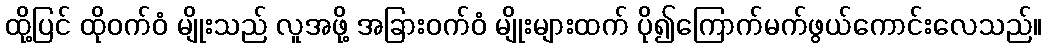
ထို့ပြင် ထိုဝက်ဝံ မျိုးသည် လူအဖို့ အခြားဝက်ဝံ မျိုးများထက် ပို၍ကြောက်မက်ဖွယ်ကောင်းလေသည်။